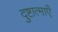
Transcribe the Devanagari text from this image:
दुष्टात्माएँ